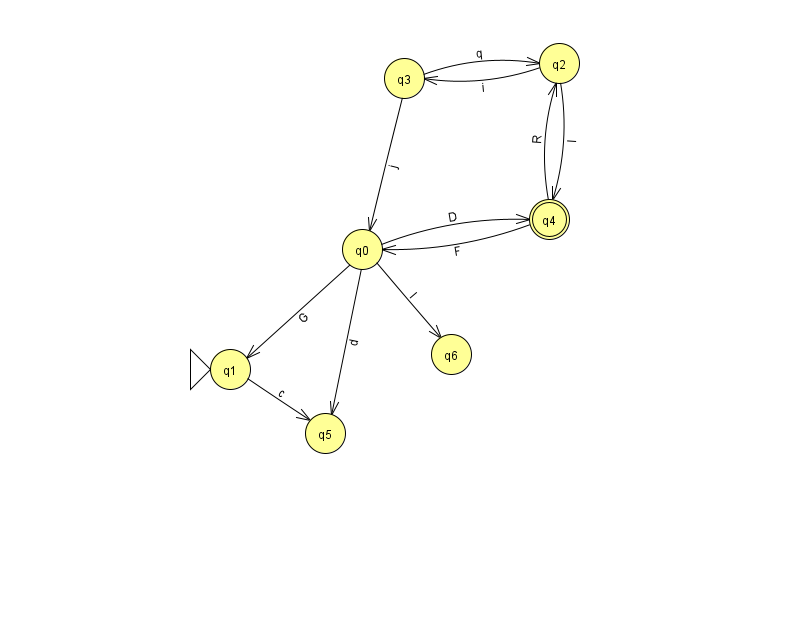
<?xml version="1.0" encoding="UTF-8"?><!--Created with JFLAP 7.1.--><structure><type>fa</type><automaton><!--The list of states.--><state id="0" name="q0"><x>362.0</x><y>236.0</y></state><state id="1" name="q1"><x>230.0</x><y>356.0</y><initial/></state><state id="2" name="q2"><x>559.0</x><y>50.0</y></state><state id="3" name="q3"><x>404.0</x><y>65.0</y></state><state id="4" name="q4"><x>549.0</x><y>206.0</y><final/></state><state id="5" name="q5"><x>325.0</x><y>420.0</y></state><state id="6" name="q6"><x>451.0</x><y>341.0</y></state><!--The list of transitions.--><transition><from>0</from><to>1</to><read>G</read></transition><transition><from>3</from><to>0</to><read>j</read></transition><transition><from>4</from><to>2</to><read>R</read></transition><transition><from>0</from><to>6</to><read>I</read></transition><transition><from>3</from><to>2</to><read>q</read></transition><transition><from>4</from><to>0</to><read>F</read></transition><transition><from>0</from><to>4</to><read>D</read></transition><transition><from>2</from><to>4</to><read>l</read></transition><transition><from>1</from><to>5</to><read>c</read></transition><transition><from>0</from><to>5</to><read>d</read></transition><transition><from>2</from><to>3</to><read>i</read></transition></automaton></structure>